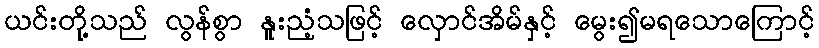
ယင်းတို့သည် လွန်စွာ နူးညံ့သဖြင့် လှောင်အိမ်နှင့် မွေး၍မရသောကြောင့်